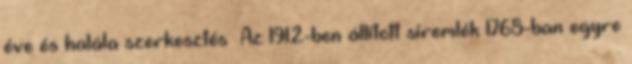
éve és halála szerkesztés Az 1912-ben állított síremlék 1768-ban egyre